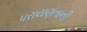
પરાયણતાની